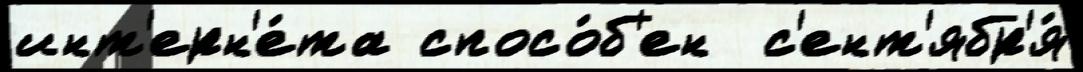
инт'ерн'е́та спосо́б'ен  с'ент'ябр'я́